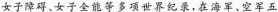
女子障碍、女子全能等多项世界纪录，在海军、空军五